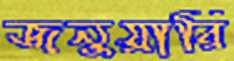
জনুয়ারি